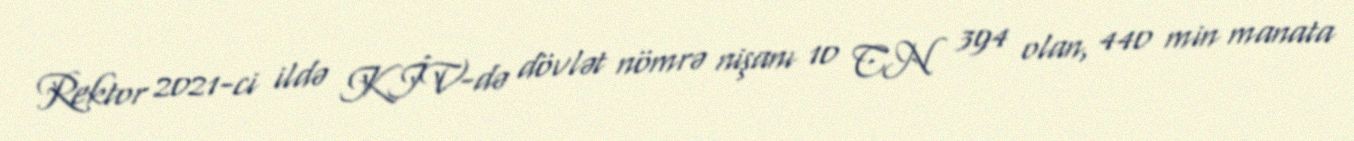
Rektor 2021-ci ildə KİV-də dövlət nömrə nişanı 10 CN 394 olan, 440 min manata